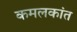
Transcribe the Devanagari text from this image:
कमलकांत